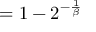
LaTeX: = 1 - 2 ^ { - { \frac { 1 } { \beta } } }